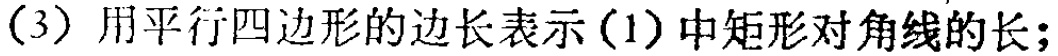
(3) 用平行四边形的边长表示(1)中矩形对角线的长；